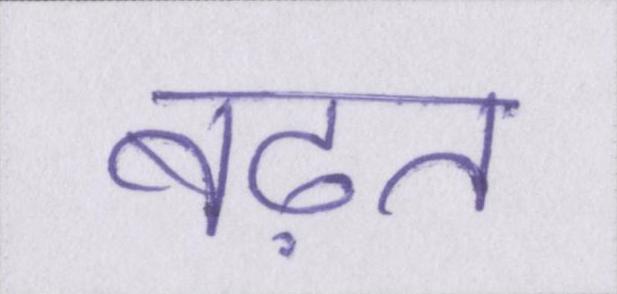
बढ़त